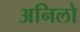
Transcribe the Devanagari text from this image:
अनिलो